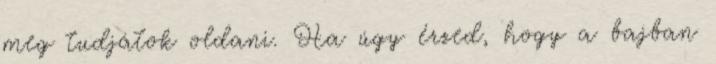
meg tudjátok oldani. Ha úgy érzed, hogy a bajban